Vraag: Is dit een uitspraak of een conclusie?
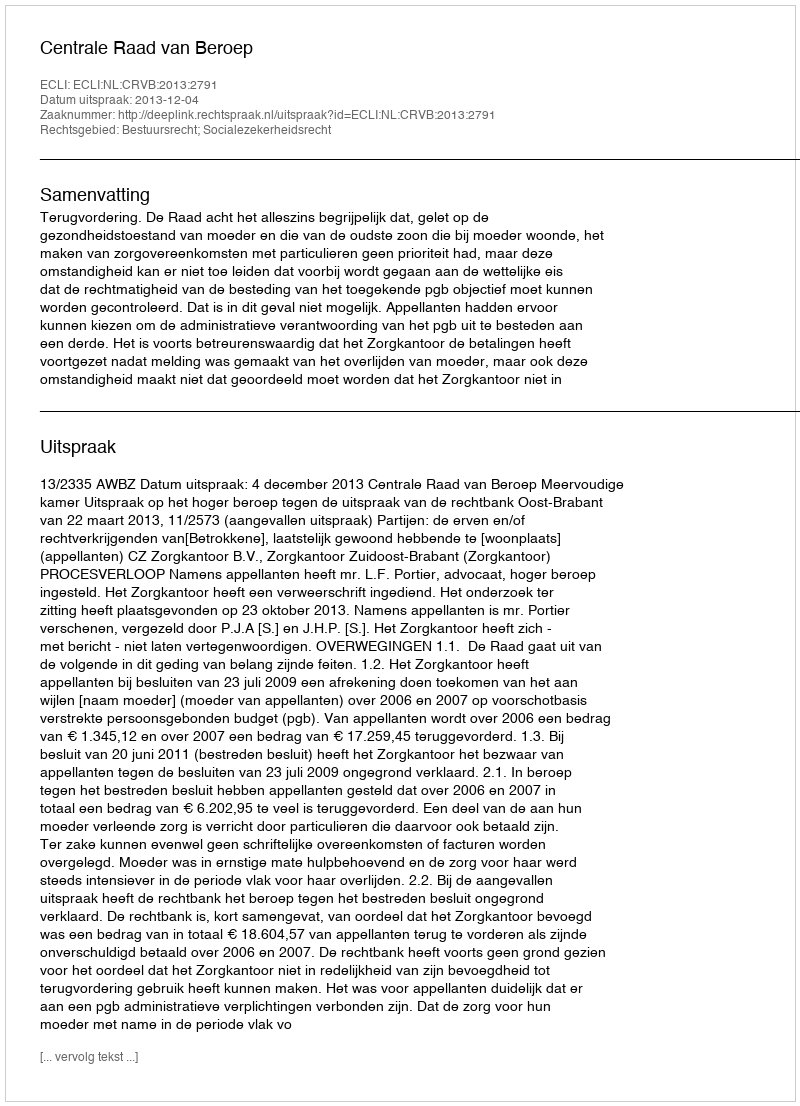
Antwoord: Uitspraak